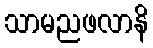
သာမညဖလာနိ